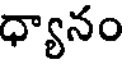
ధ్యానం